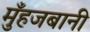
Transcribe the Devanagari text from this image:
मुँहजबानी